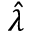
\hat { \lambda }